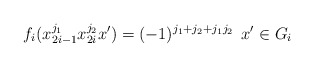
\begin{align*} f_i(x_{2i-1}^{j_1}x_{2i}^{j_2}x')=(-1)^{j_1+j_2+j_1j_2}\,\;x'\in G_i\end{align*}